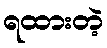
ရထားတဲ့